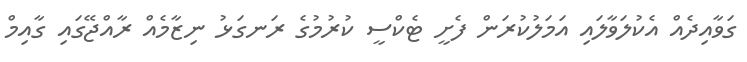
ގަވާއިދެއް އެކުލަވާލައި އަމަލުކުރަން ފެށީ ޓެކްސީ ކުރުމުގެ ރަނގަޅު ނިޒާމެއް ރާއްޖޭގައި ގާއިމް